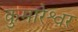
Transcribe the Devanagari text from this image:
कुमारेश्वर